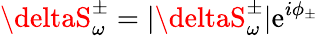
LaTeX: \deltaS_{\omega}^{\pm}=|\deltaS_{\omega}^{\pm}|\mathrm{e}^{i\phi_{\pm}}